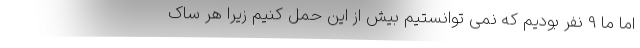
اما ما 9 نفر بودیم که نمی توانستیم بیش از این حمل کنیم زیرا هر ساک